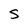
Character: s